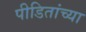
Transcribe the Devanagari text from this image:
पीडितांच्या